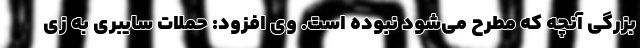
بزرگی آنچه که مطرح می‌شود نبوده است. وی افزود: حملات سایبری به زی